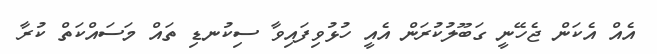
އެއް އެކަން ޖެހޭނީ ގަބޫލުކުރަން އެއީ ހުޅުވިފައިވާ ސިކުނޑި ތައް މަސައްކަތް ކުރާ